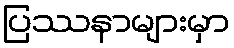
ပြဿနာများမှာ